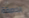
اللاصقة